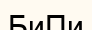
БиПи